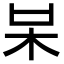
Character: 𣏁